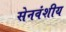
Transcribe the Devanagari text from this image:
सेनवंशीय